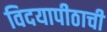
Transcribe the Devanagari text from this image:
विदयापीठाची